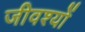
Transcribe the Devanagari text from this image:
जीवश्यों